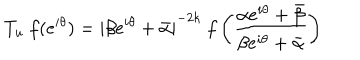
T _ { u } ~ f ( e ^ { i \theta } ) = { \mid \beta e ^ { i \theta } + \bar { \alpha } \mid } ^ { - 2 k } ~ f \left( \frac { \alpha e ^ { i \theta } + \bar { \beta } } { \beta e ^ { i \theta } + \bar { \alpha } } \right)